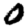
Digit: 0